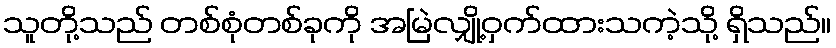
သူတို့သည် တစ်စုံတစ်ခုကို အမြဲလျှို့ဝှက်ထားသကဲ့သို့ ရှိသည်။